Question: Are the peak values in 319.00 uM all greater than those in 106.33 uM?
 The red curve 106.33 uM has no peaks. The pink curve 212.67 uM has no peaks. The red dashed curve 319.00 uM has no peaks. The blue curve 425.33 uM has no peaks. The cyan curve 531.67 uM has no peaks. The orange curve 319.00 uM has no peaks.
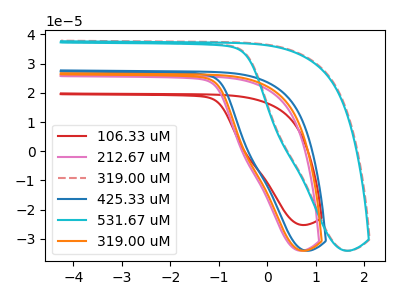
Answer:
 <answer>Niether CV has any peaks.</answer>
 <eval>blanks</eval>